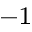
^ { - 1 }